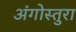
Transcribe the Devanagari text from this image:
अंगोस्तुरा